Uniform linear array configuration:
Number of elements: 16
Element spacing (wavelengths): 1
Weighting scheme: binomial
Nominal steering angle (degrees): -30
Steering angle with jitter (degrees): -28.628
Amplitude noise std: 0.05
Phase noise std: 0.05

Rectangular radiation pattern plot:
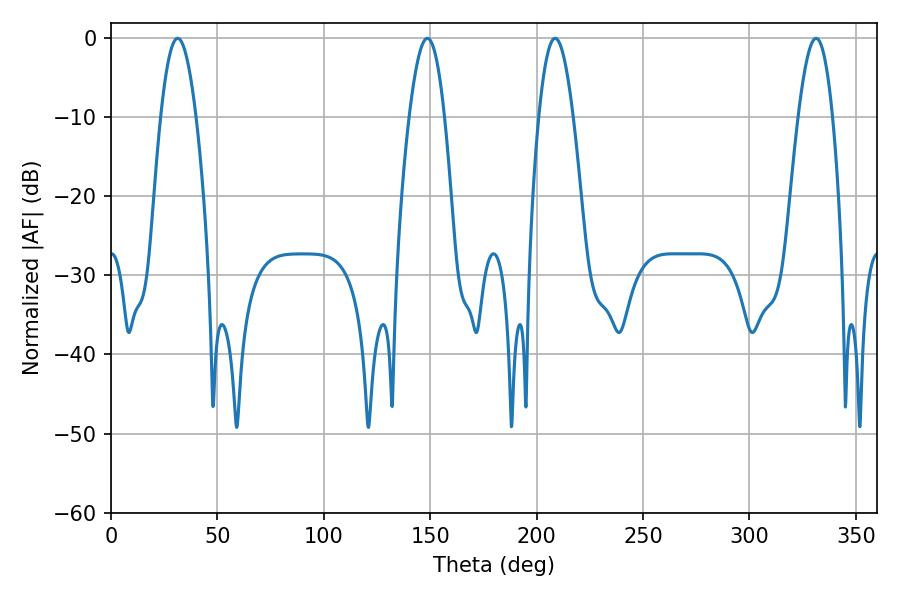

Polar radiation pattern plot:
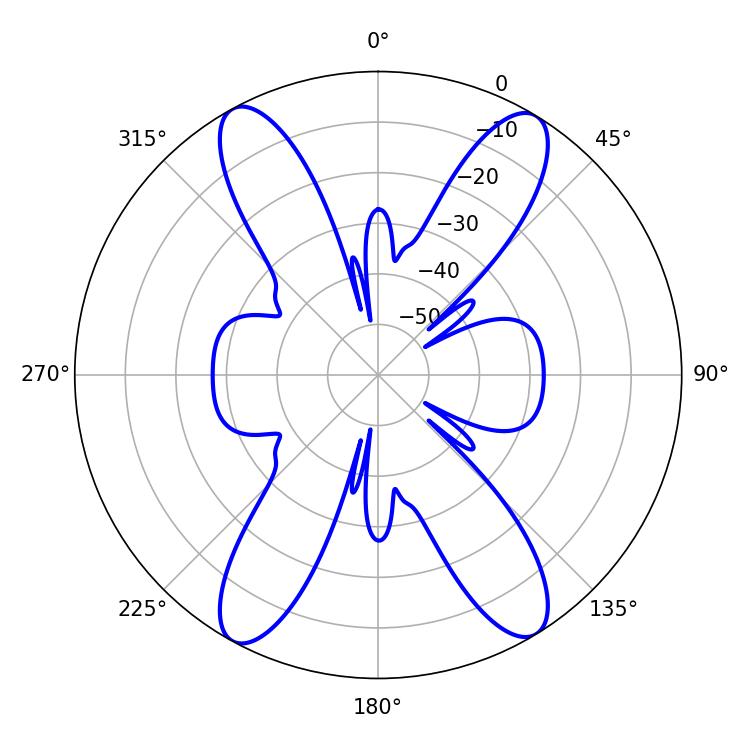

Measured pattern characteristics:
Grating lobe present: TRUE
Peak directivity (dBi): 20.667
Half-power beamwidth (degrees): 9
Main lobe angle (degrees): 31.32